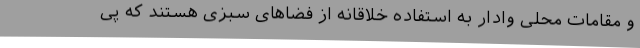
و مقامات محلی وادار به استفاده خلاقانه از فضاهای سبزی هستند که پی